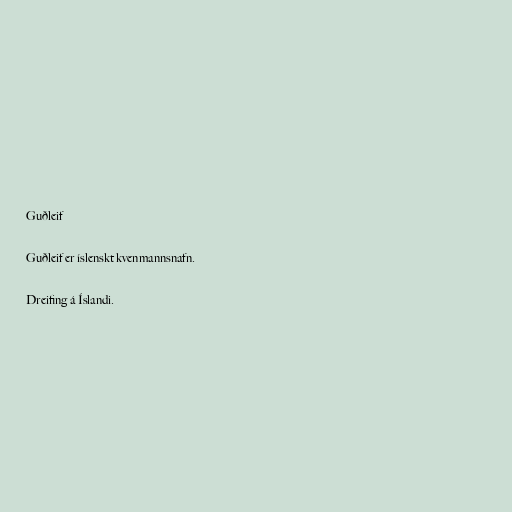
Guðleif

Guðleif er íslenskt kvenmannsnafn.

Dreifing á Íslandi.